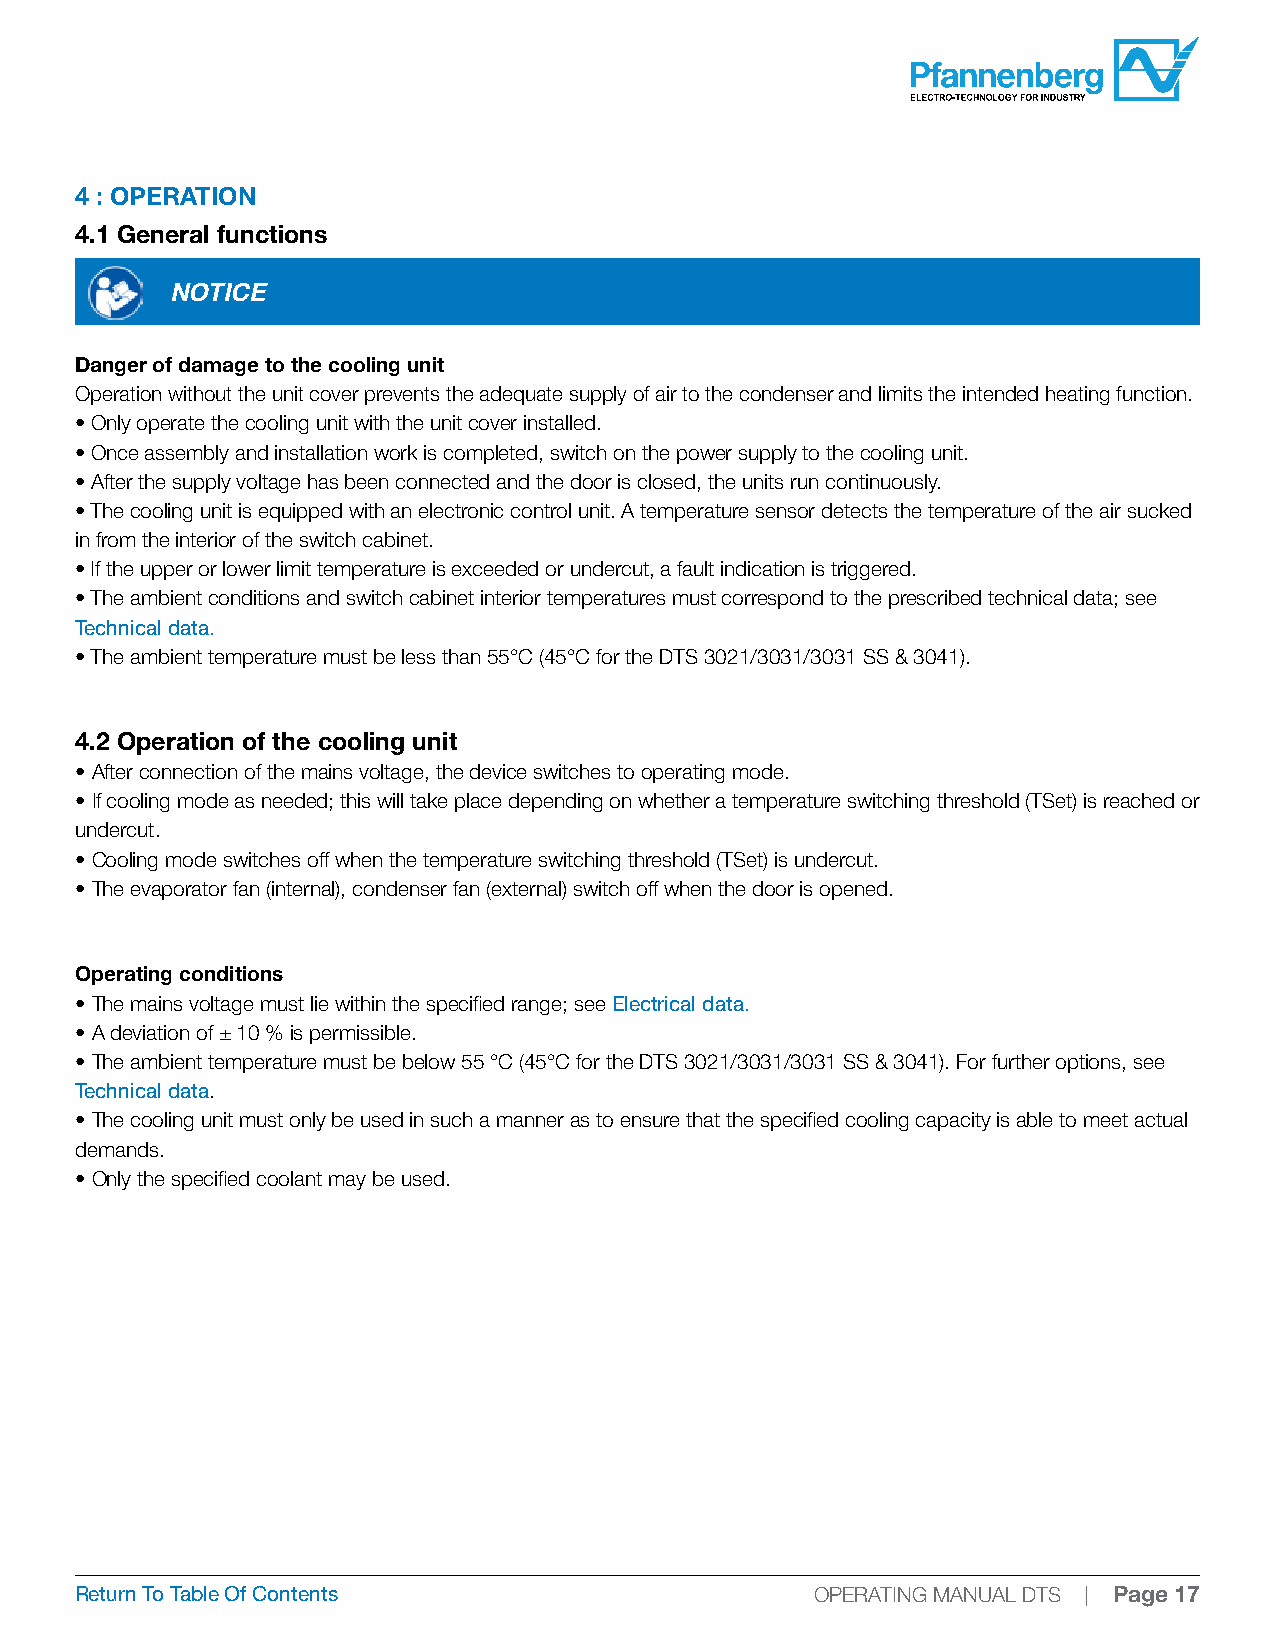
4 : OPERATION
 4.1 General functions
 NOTICE
 Danger of damage to the cooling unit
 Operation without the unit cover prevents the adequate supply of air to the condenser and limits the intended heating function.
 • Only operate the cooling unit with the unit cover installed.
 • Once assembly and installation work is completed, switch on the power supply to the cooling unit.
 • After the supply voltage has been connected and the door is closed, the units run continuously.
 • The cooling unit is equipped with an electronic control unit. A temperature sensor detects the temperature of the air sucked
 in from the interior of the switch cabinet.
 • If the upper or lower limit temperature is exceeded or undercut, a fault indication is triggered.
 • The ambient conditions and switch cabinet interior temperatures must correspond to the prescribed technical data; see
 Technical data.
 • The ambient temperature must be less than 55°C (45°C for the DTS 3021/3031/3031 SS & 3041).
 4.2 Operation of the cooling unit
 • After connection of the mains voltage, the device switches to operating mode.
 • If cooling mode as needed; this will take place depending on whether a temperature switching threshold (TSet) is reached or
 undercut.
 • Cooling mode switches off when the temperature switching threshold (TSet) is undercut.
 • The evaporator fan (internal), condenser fan (external) switch off when the door is opened.
 Operating conditions
 • The mains voltage must lie within the specified range; see Electrical data.
 • A deviation of ± 10 % is permissible.
 • The ambient temperature must be below 55 °C (45°C for the DTS 3021/3031/3031 SS & 3041). For further options, see
 Technical data.
 • The cooling unit must only be used in such a manner as to ensure that the specified cooling capacity is able to meet actual
 demands.
 • Only the specified coolant may be used.
 Return To Table Of Contents                      OPERATING MANUAL DTS | Page 17